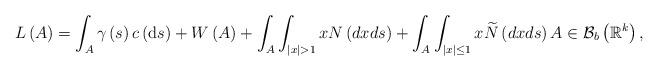
LaTeX: \begin{align*}L\left( A\right) =\int_{A}\gamma \left( s\right) c\left( \mathrm{d}s\right)+W\left( A\right) +\int_{A}\int_{\left\vert x\right\vert >1}xN\left(dxds\right) +\int_{A}\int_{\left\vert x\right\vert \leq 1}x\widetilde{N}\left( dxds\right) A\in \mathcal{B}_{b}\left( \mathbb{R}^{k}\right) , \end{align*}